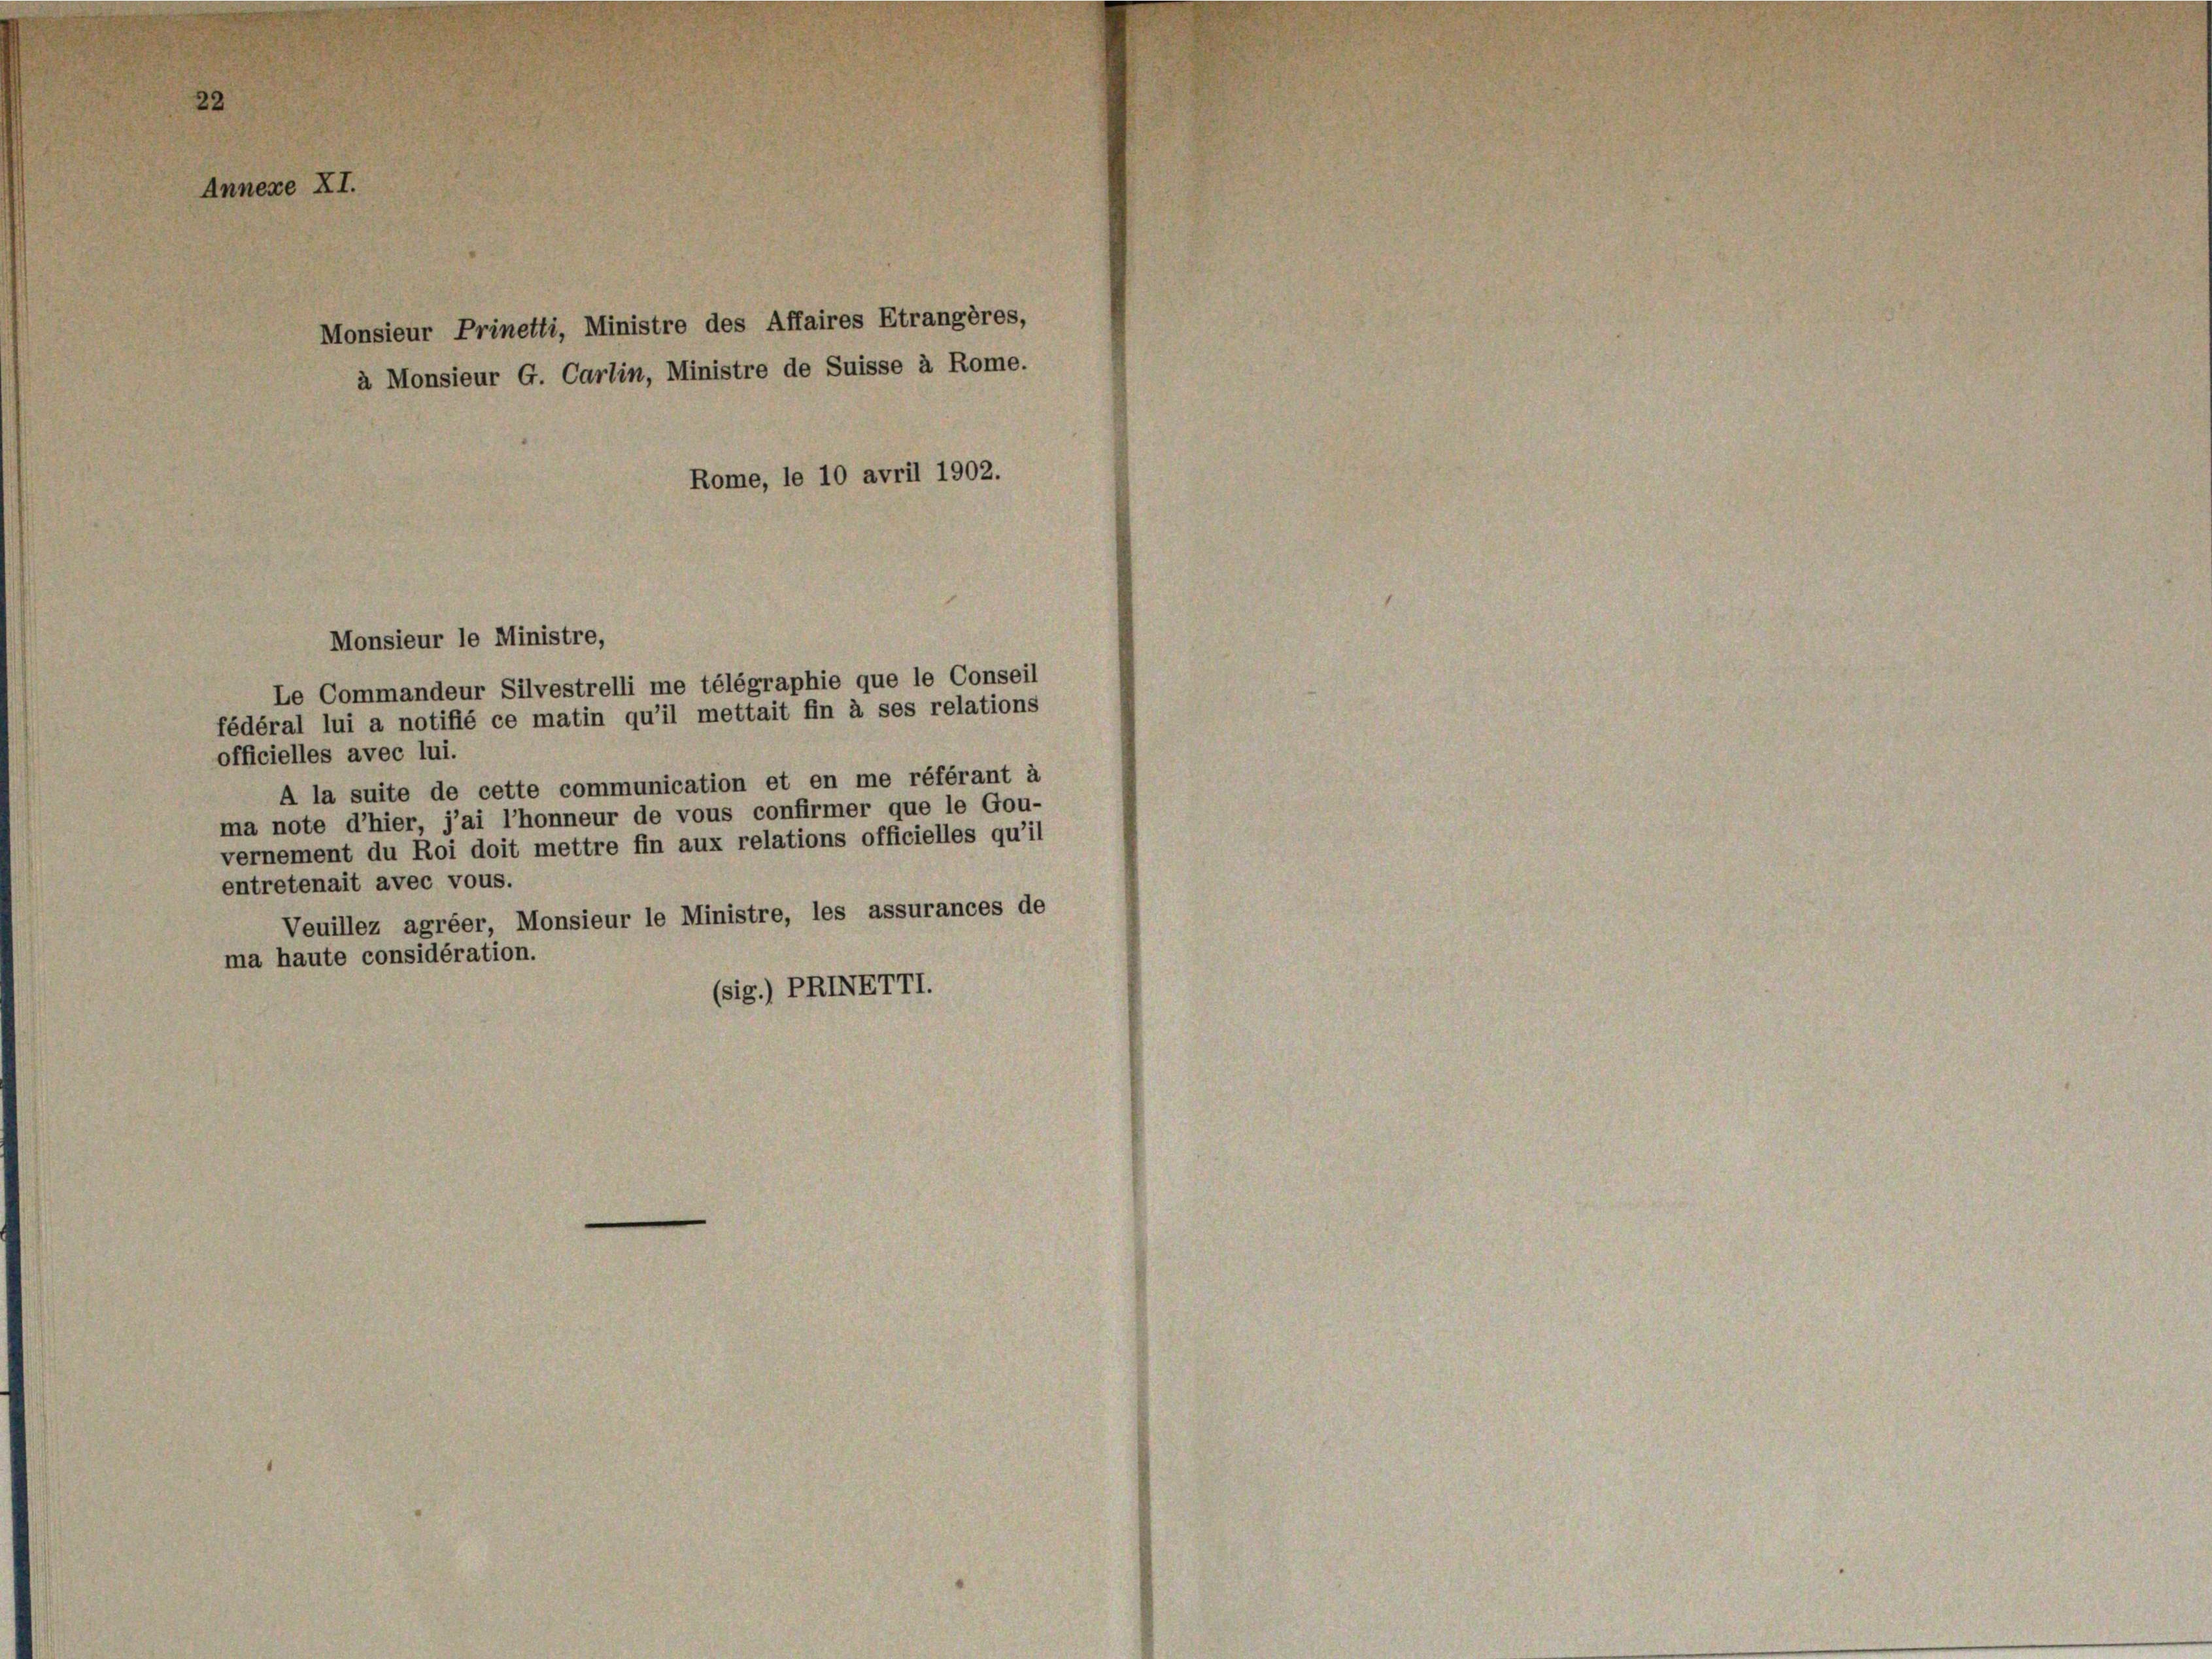
Annexe XI.

Monsieur Prinetti, Ministre des Affaires Etrangères,
à Monsieur G. Carlin, Ministre de Suisse à Rome.
Rome, le 10 avril 1902.

Le Commandeur Silvestrelli me télégraphie que le Conseil
fédéral lui a notifié ce matin qu’il mettait fin à ses relations
officielles avec lui.
A la suite de cette communication et en me référant à
ma note d’hier, j’ai l’honneur de vous confirmer que le Gou-
vernement du Roi doit mettre fin aux relations officielles qu’il
entretenait avec vous.
Veuillez agréer, Monsieur le Ministre, les assurances de
ma haute considération.
(sig.) PRINETTI.

Monsieur le Ministre,